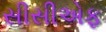
સીસીએફ